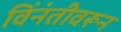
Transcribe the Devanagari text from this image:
विंनंतीवरून